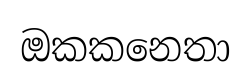
ඔකකනෙතා